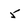
Character: 5